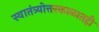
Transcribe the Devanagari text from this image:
स्वातंत्र्योत्तरकाळातही